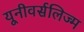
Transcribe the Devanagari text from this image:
यूनीवर्सलिज्म